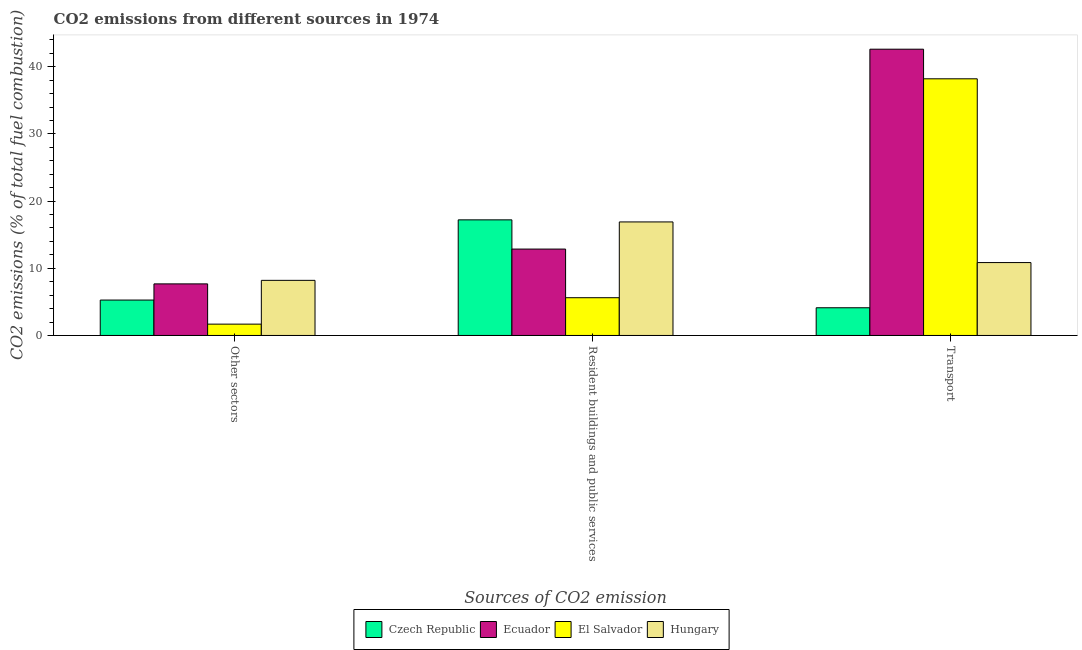
| Sources of CO2 emission | Czech Republic | Ecuador | El Salvador | Hungary |
 | --- | --- | --- | --- | --- |
 | Other sectors | 5.27 | 7.68 | 1.69 | 8.2 |
 | Resident buildings and public services | 17.2 | 12.9 | 5.62 | 16.9 |
 | Transport | 4.12 | 42.6 | 38.2 | 10.8 |